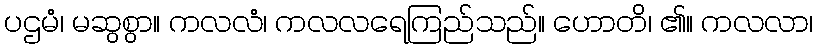
ပဌမံ၊ မဆွစွာ။ ကလလံ၊ ကလလရေကြည်သည်။ ဟောတိ၊ ၏။ ကလလာ၊